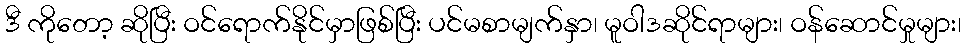
ဒီ ကိုတော့ ဆိုပြီး ဝင်ရောက်နိုင်မှာဖြစ်ပြီး ပင်မစာမျက်နှာ၊ မူဝါဒဆိုင်ရာများ၊ ဝန်ဆောင်မှုများ၊